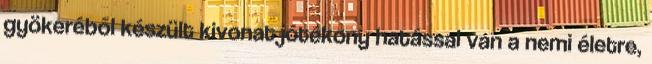
gyökeréből készült kivonat jótékony hatással van a nemi életre,